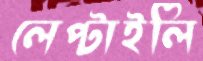
লেপ্‌টাইলি